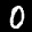
Label: 0